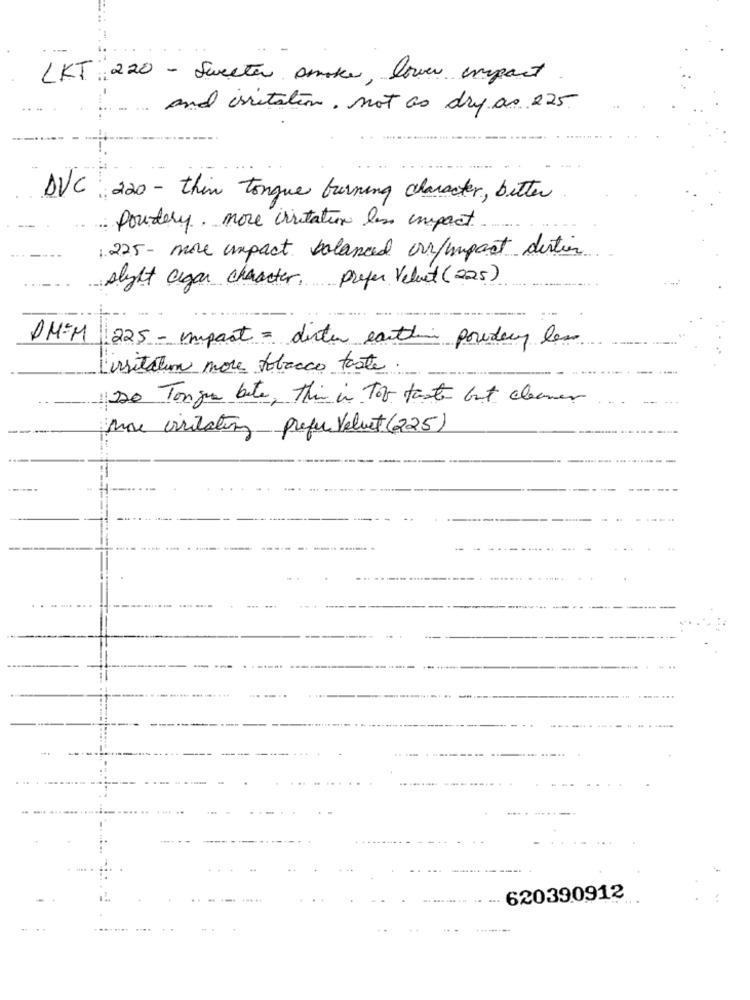
LKT 220 - Sweeter smoke, lower impact
and irritation. not as dry as 225
DVC: 220 - thin tongue burning character, better
Powdery. more irritation les impact
1.225- more impact balanced our/impact dertien
slight agar character, prefer Velvet (225)
DM=M
225 - import = dinter earthin powdery les
irritation more tobacco taste.
220 Tongu bate, this is Too taste but cleaner
More viritating prefer Velvet (225)
--
620390912